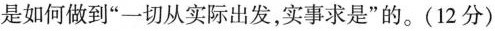
是如何做到”一切从实际出发，实事求是”的。(12分)